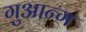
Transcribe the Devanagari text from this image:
गुआन्ग